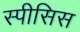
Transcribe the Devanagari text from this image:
स्पीसिस